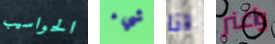
الحواسيب شيء انا واغنر